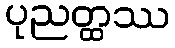
ပုညတ္ထဿ